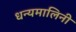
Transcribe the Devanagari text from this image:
धन्यमालिनी